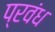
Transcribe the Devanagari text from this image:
प्रवंध